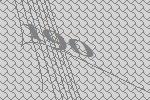
190